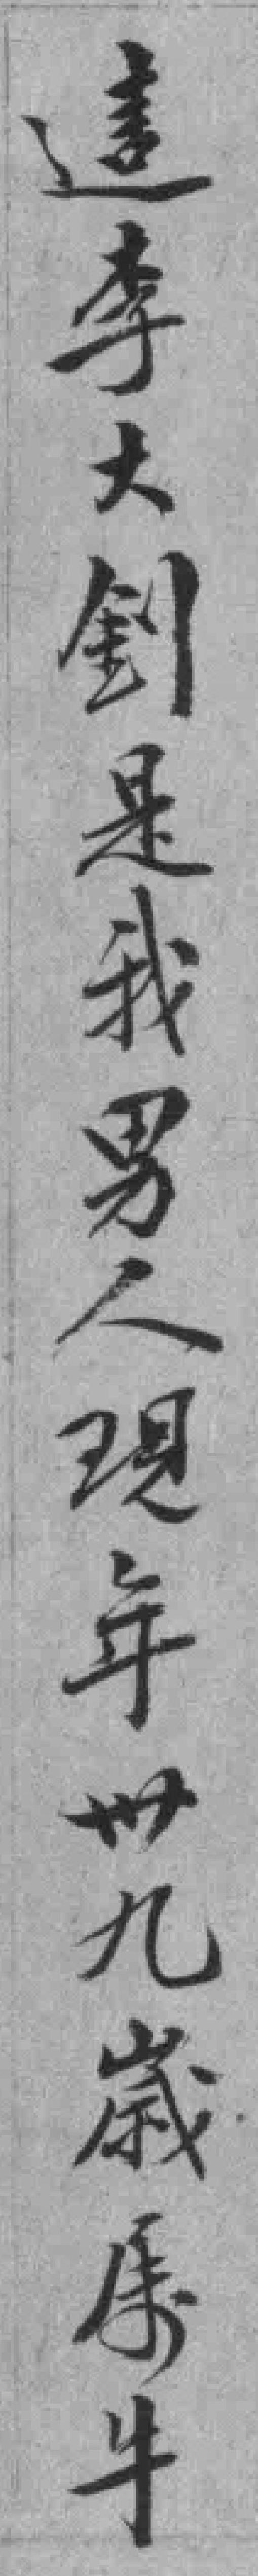
這李大釗是我男人現年卅九歲属牛